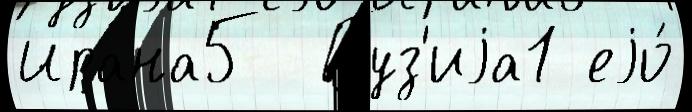
Ирана5  Груз'иjа1 еjо́